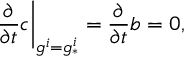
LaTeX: \left. { \frac { \partial } { \partial t } } c \right| _ { g ^ { i } = g _ { * } ^ { i } } = { \frac { \partial } { \partial t } } b = 0 ,